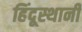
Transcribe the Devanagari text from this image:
हिंदूस्थानी